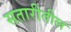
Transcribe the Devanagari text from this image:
सतारीतील